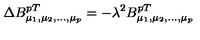
\Delta B _ { \mu _ { 1 } , \mu _ { 2 } , . . . , \mu _ { p } } ^ { p T } = - \lambda ^ { 2 } B _ { \mu _ { 1 } , \mu _ { 2 } , . . . , \mu _ { p } } ^ { p T }